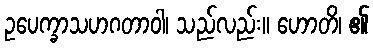
ဥပေက္ခာသဟဂတာဝါ၊ သည်လည်း။ ဟောတိ၊ ၏